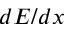
d E / d x